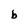
Character: b